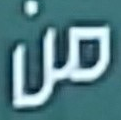
من